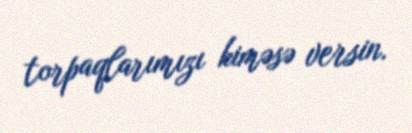
torpaqlarımızı kiməsə versin.